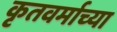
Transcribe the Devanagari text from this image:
कृतवर्माच्या